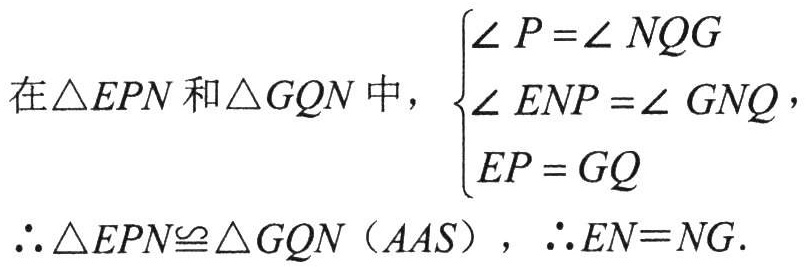
在$\triangle EPN$和$\triangle GQN$中，$\begin{cases}

\angle P = \angle NQG \\

\angle ENP = \angle GNQ \\

EP = GQ

\end{cases}$，

$\therefore \triangle EPN\cong \triangle GQN（AAS）$，$\therefore EN = NG$.